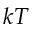
k T